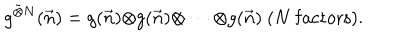
LaTeX: g ^ { \tilde { \otimes } N } ( \vec { n } ) = g ( \vec { n } ) { \otimes } g ( \vec { n } ) { \otimes } \cdots { \otimes } g ( \vec { n } ) ~ ( N \mathrm { { ~ f a c t o r s } } ) .